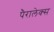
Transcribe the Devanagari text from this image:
पैरालेक्स